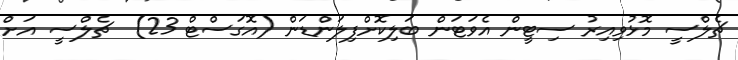
ޗެލްސީ މޮޅުވިއިރު ސިޓީން އެވަޓަން ބަލިކޮށްފިލަންޑަން (އޮގަސްޓް 23)  ޗެލްސީ އަށް